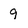
Character: 9